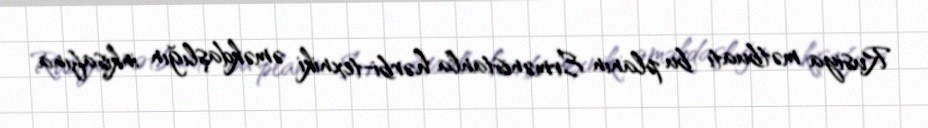
Rusiya mətbuatı bu planın Ermənistanla hərbi-texniki əməkdaşlığın inkişafına